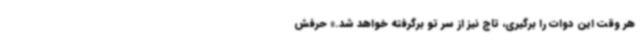
هر وقت این دوات را برگیری، تاج نیز از سر تو برگرفته خواهد شد.» حرفش